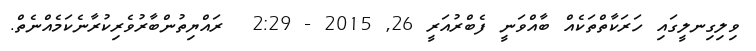
ވިލިގިނލީގައި ހަރަކާތްތަކެއް ބާއްވަނީ ފެބްރުއަރީ 26